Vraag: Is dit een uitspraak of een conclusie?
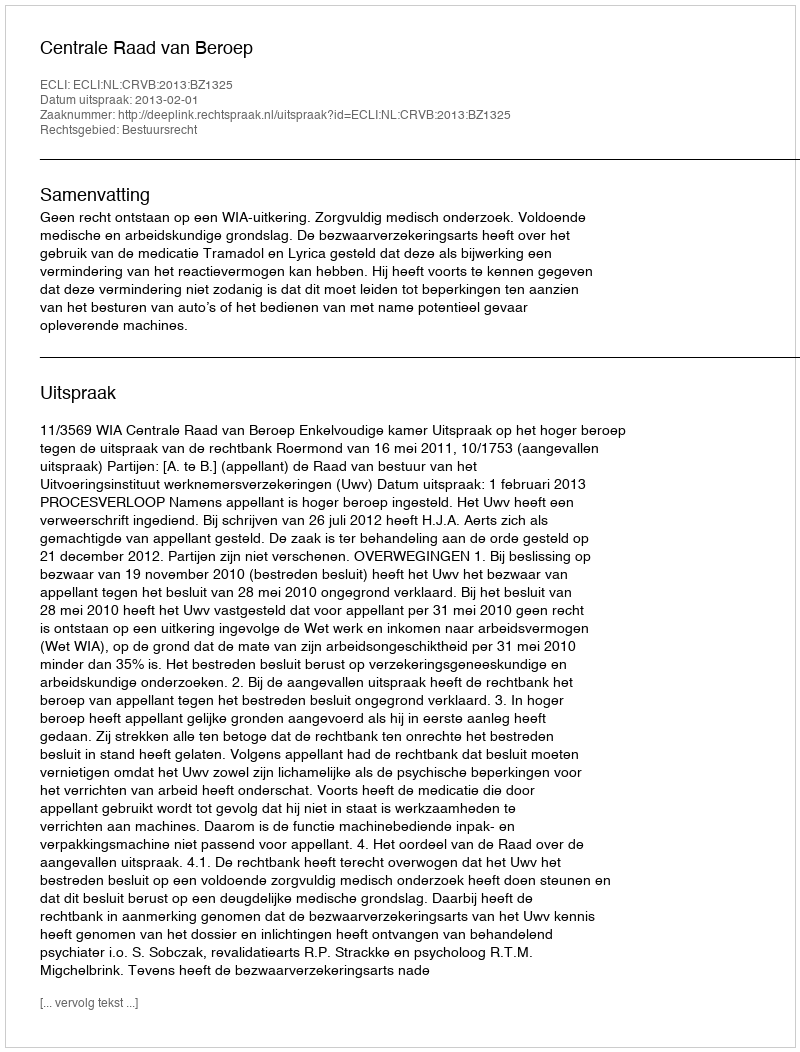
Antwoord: Uitspraak